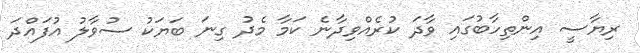
ރިޔާސީ އިންތިހާބުގައި ވާދަ ކުރެއްވިދާނެ ކަމާ މެދު ގިނަ ބަޔަކު ސުވާލު އުފައްދަ